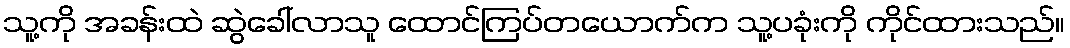
သူ့ကို အခန်းထဲ ဆွဲခေါ်လာသူ ထောင်ကြပ်တယောက်က သူ့ပခုံးကို ကိုင်ထားသည်။